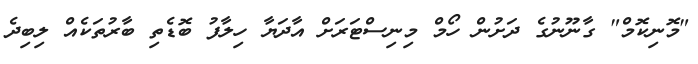
"މޮނިކޮމް" ގާނޫނުގެ ދަށުން ހޯމް މިނިސްޓަރަށް އާދަޔާ ހިލާފު ބޮޑެތި ބާރުތަކެއް ލިބިދެ